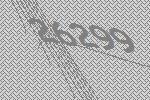
26299